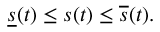
\underline { { s } } ( t ) \leq s ( t ) \leq \overline { { s } } ( t ) .